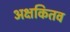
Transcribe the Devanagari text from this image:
अक्षकितव